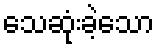
သေဆုံးခဲ့သော